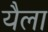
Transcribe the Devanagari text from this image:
यैला